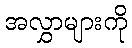
အလွှာများကို